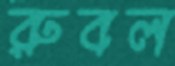
রুবল